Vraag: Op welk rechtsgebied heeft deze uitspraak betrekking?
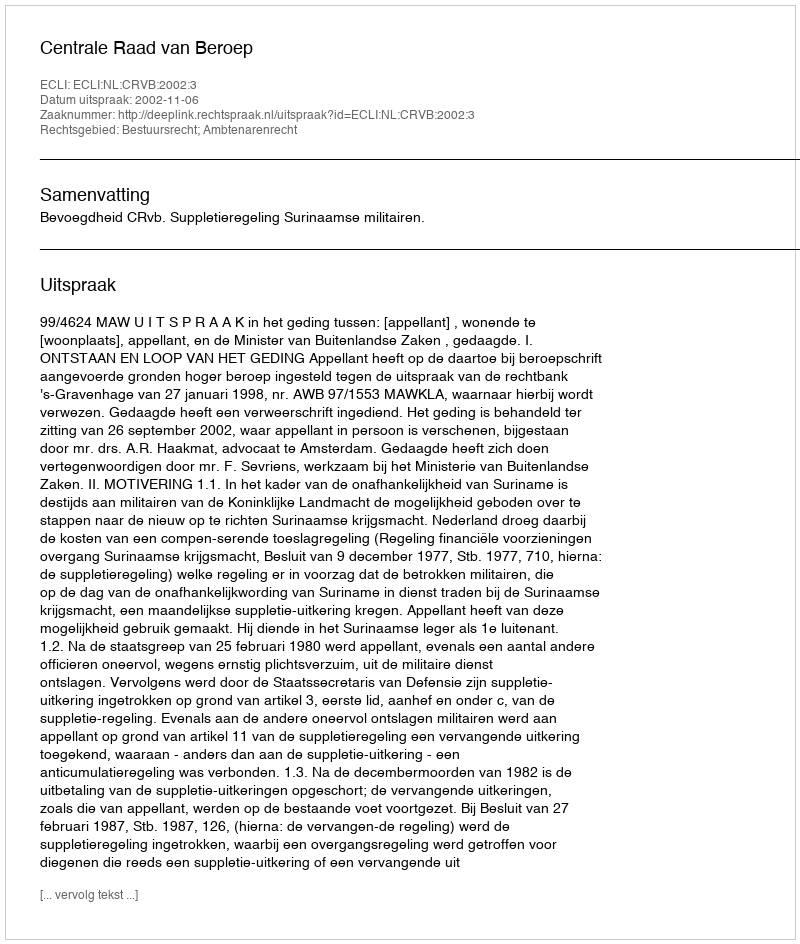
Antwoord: Bestuursrecht; Ambtenarenrecht